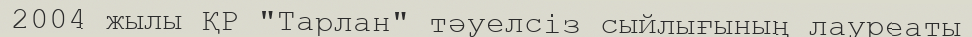
2004 жылы ҚР "Тарлан" тәуелсіз сыйлығының лауреаты